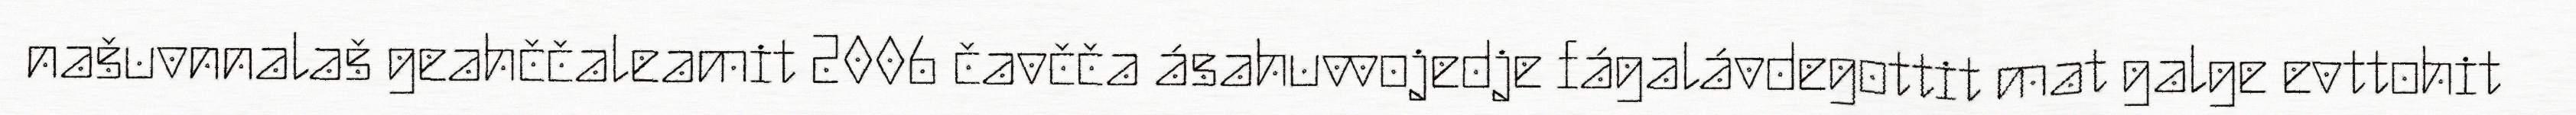
našuvnnalaš geahččaleamit 2006 čavčča ásahuvvojedje fágalávdegottit mat galge evttohit